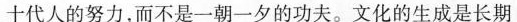
十代人的努力，而不是一朝一夕的功夫。文化的生成是长期的